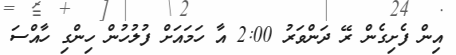
އިން ފެށިގެން ރޭ ދަންވަރު 2:00 އާ ހަމައަށް ފުލުހުން ހިންގި ހާއްސަ